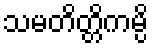
သမတိတ္တိကမ္ပိ